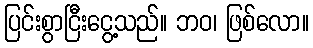
ပြင်းစွာငြီးငွေ့သည်။ ဘဝ၊ ဖြစ်လော။